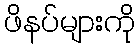
ဖိနပ်များကို